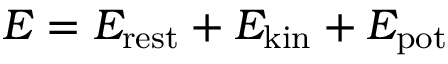
E = E _ { \mathrm { { r e s t } } } + E _ { \mathrm { { k i n } } } + E _ { \mathrm { { p o t } } }